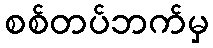
စစ်တပ်ဘက်မှ